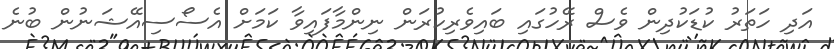
އަދި ހަތަރު ކުޑަކުދިން ވެސް ރޭހުގައި ބައިވެރިކުރަން ނިންމާފައިވާ ކަމަށް އެސޯސިއޭޝަނުން ބުނެ